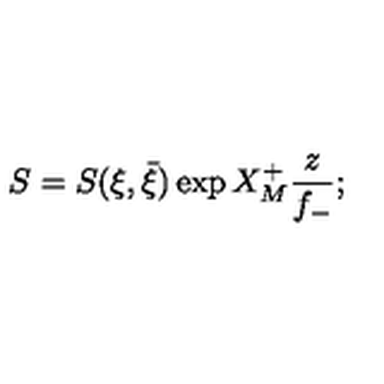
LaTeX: S = S ( \xi , \bar { \xi } ) \exp X _ { M } ^ { + } \frac { z } { f _ { - } } ;